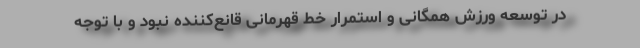
در توسعه ورزش همگانی و استمرار خط قهرمانی قانع‌کننده نبود و با توجه